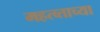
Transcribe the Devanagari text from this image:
महत्व्ताच्या